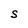
Character: S